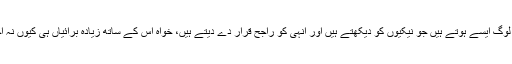
بعض لوگ ایسے ہوتے ہیں جو نیکیوں کو دیکھتے ہیں اور انہی کو راجح قرار دے دیتے ہیں، خواہ اس کے ساتھ زیادہ برائیاں ہی کیوں نہ آجائیں۔